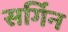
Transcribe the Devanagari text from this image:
सर्गिन